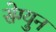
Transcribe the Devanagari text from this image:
सेग्युन